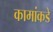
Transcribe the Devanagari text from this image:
कामांकडे